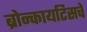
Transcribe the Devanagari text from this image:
ब्रोन्कायटिसचे